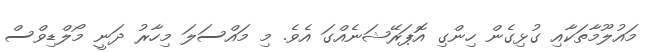
މައުލޫމާތަކާއި ގުޅިގެން ހިންގި އޮޕަރޭޝަނެއްގަ އެވެ. މި މައްސަލަ މިހާރު ދަނީ މޯލްޑިވްސް